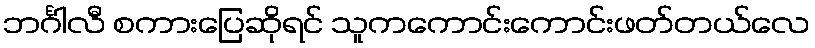
ဘင်္ဂါလီ စကားပြေဆိုရင် သူကကောင်းကောင်းဖတ်တယ်လေ